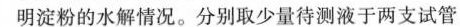
明淀粉的水解情况。分别取少量待测液于两支试管